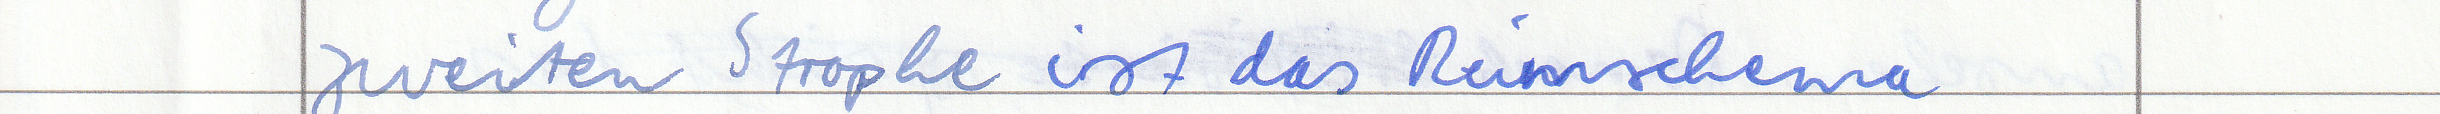
zweiten Strophe ist das Reimschema